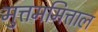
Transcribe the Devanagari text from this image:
मुत्तममित्ताल